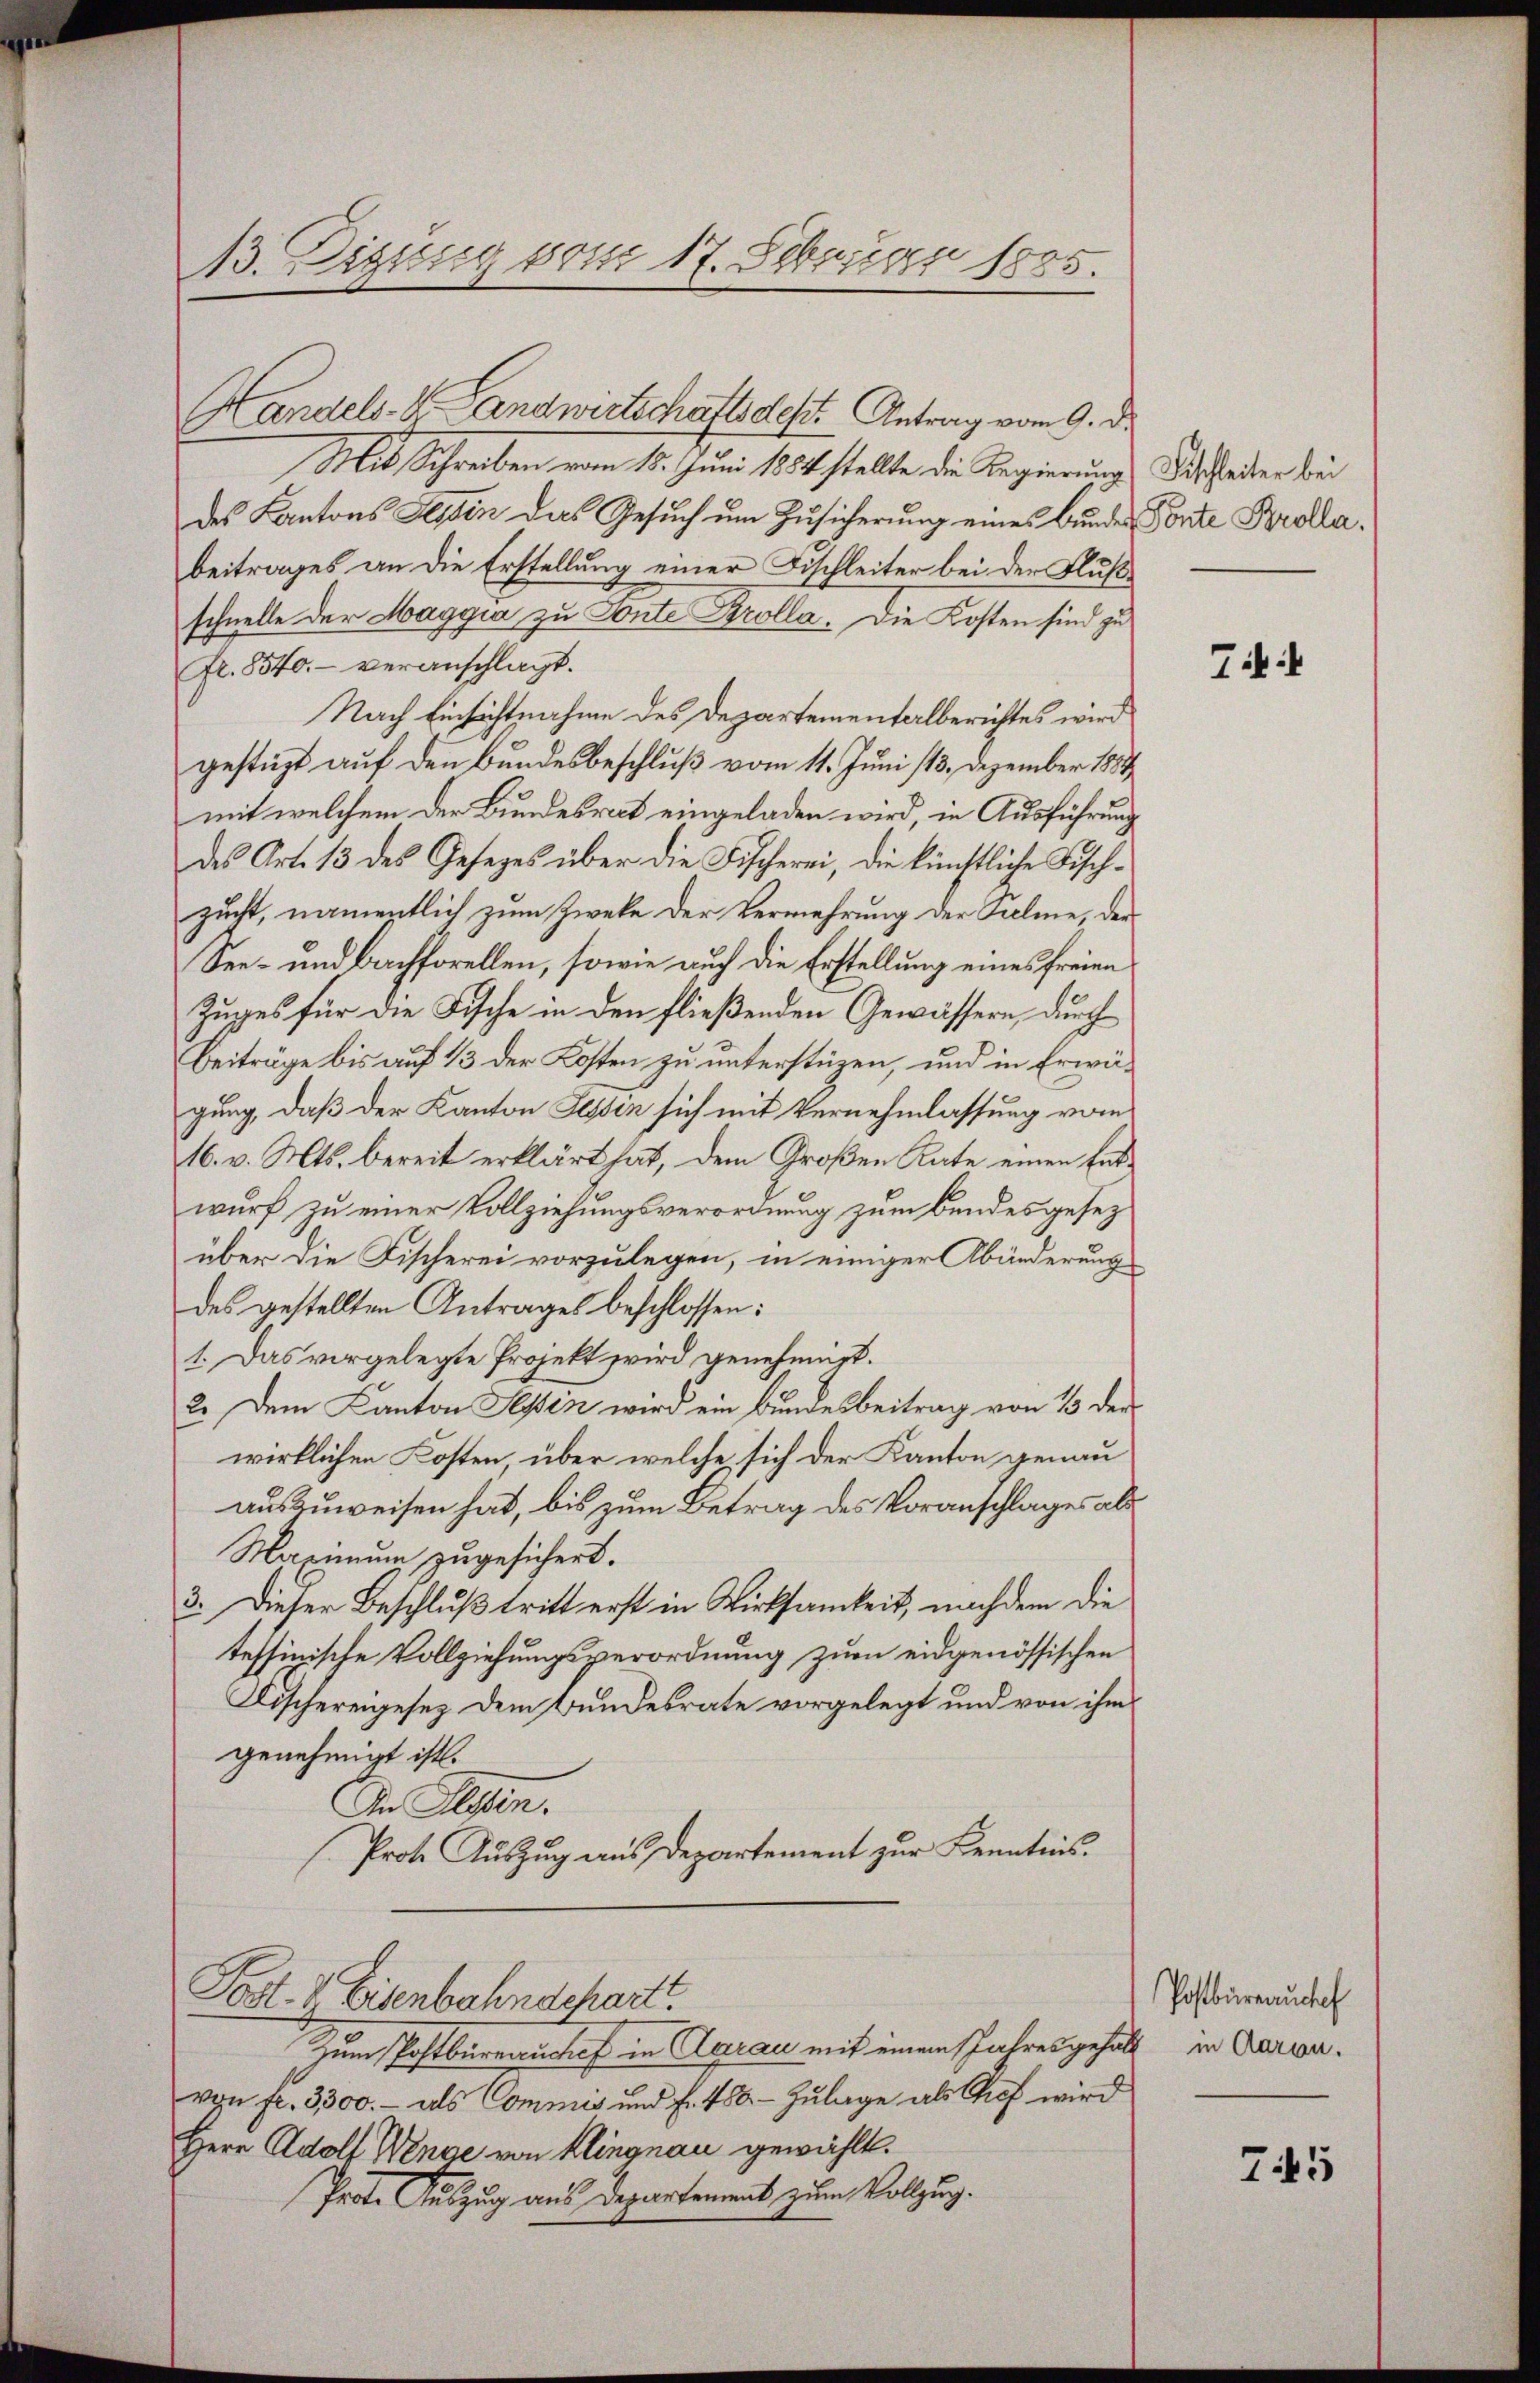
A3. Digung vom 17. Februar 1885.

Handels-K. Landwirtschaftsdest. Antrag vom 9. d.
Mit Schreiben vom 15. Juni 1884 stellte die Regierung Fischleiter bei
des Kantons Tessin das Gesuch um Zusicherung eines Bundes Porte Krollabeitrages an die Erstellung einer Fischleiter bei der Flußschnelle der Maggia zu Ponte Krolla. Die Kosten sind zu
fr. 8340.- veranschlagt.
Nach Einsichtnahme des Departementalberichtes wird
gestüzt auf den Bundesbeschluß vom 11. Juni 113. Dezember 1889
mit welchem der Bundesrat eingeladen wird, in Ausführung
des Art. 13 des Gesezes über die Fischerei, die künftliche Fisch-
zucht, namentlich zum Zweke der Vermehrung der Falme, der
See- und Bachforellen, sowie auch die Erstellung eines freien
Zuges für die Fische in den fließenden Gewässern, durch
Beiträge bis auf 13 der Kosten zu unterstüzen, und in Erwägung, daß der Kanton Sessen sich mit Vernehmlassung vom
16. v. Mts. bereit erklärt hat, dem Großen Rate einen Entwurf zu einer Vollziehungsverordnung zum bendesgesez
über die Fischerei vorzulegen, in einiger Abänderung
des gestellten Antrages beschlossen:
1. Das vorgelegte Projekt wird genehmigt.
2. Dem Canton Tessin wird ein Bundesbeitrag von 13 der
wirklichen Kosten über welche sich der Kanton genau
auszuweisen hat, bis zum Betrag des Voranschlages als
Maximum zugesichert.
3. Dieser Beschluß tritt erst in Wirksamkeit, nachdem die
tessinische Vollziehungsperordnung zum eidgenössischen
Fischereigesez dem Bundesrate vorgelegt und von ihm
genehmigt ist.
In Alten.
Prote Auszug aus Departement zur Kenntnis.
Post. I. Eisenbahnschart.
Zum Postbüreauchef in Aarau mit einem Jahresgehalt in Aargavon fr. 3300.- als Commis und f. 480. - Zulage als Chef wird
Herr Adolf Wenge von Klingnau gewählt.
Prote Auszug aus Departement zum Vollzug.

Zif. 4

Postbüreauchel

745